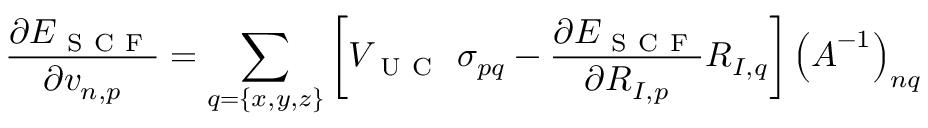
\frac { \partial E _ { \mathrm { ~ S ~ C ~ F ~ } } } { \partial v _ { n , p } } = \sum _ { q = \{ x , y , z \} } \left[ V _ { \mathrm { ~ U ~ C ~ } } ~ \sigma _ { p q } - \frac { \partial E _ { \mathrm { ~ S ~ C ~ F ~ } } } { \partial R _ { I , p } } R _ { I , q } \right] \left( \boldsymbol { A } ^ { - 1 } \right) _ { n q }